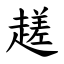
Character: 䟀